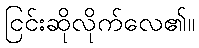
ငြင်းဆိုလိုက်လေ၏။